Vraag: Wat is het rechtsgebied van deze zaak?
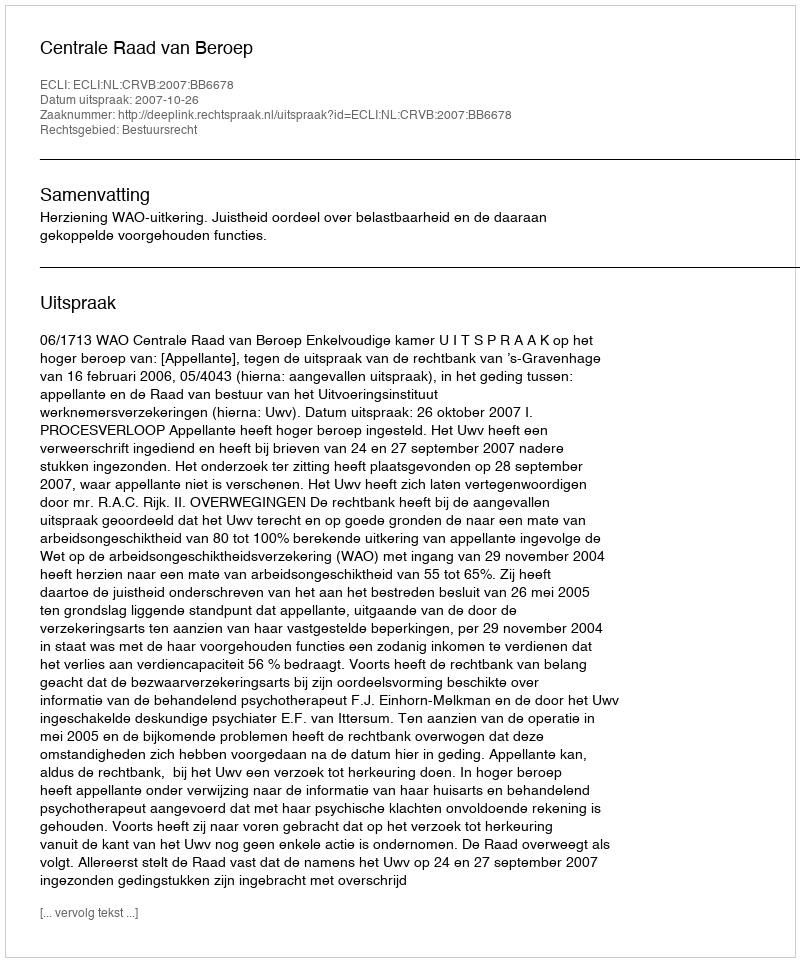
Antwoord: Bestuursrecht